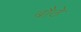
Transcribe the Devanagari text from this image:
बौठे